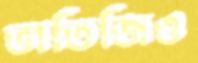
ভাতিজিও